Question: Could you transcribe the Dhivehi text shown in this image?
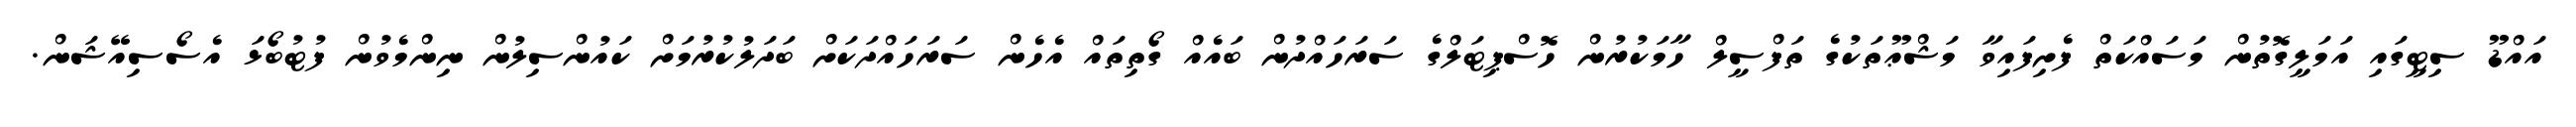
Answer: އައްޑޫ ސިޓީގައި އަމަލީގޮތުން މަސައްކަތް ފެށިފައިވާ މަޝްޢޫތަކުގެ ތަފްސީލް ހާމަކުރުން ހޮސްޕިޓަލްގެ ސަރަހައްދުން ބައެއް ގޯތިތައް އެހެން ސަރަހައްދަކަށް ބަދަލުކުރުމަށް ކައުންސިލުން ނިންމެވުން ފުޓުބޯޅަ އެސޯސިއޭޝަން.